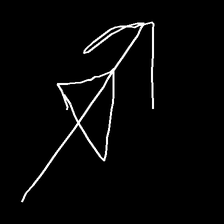
Glyph: pull